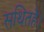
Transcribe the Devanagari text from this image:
सथितहै।